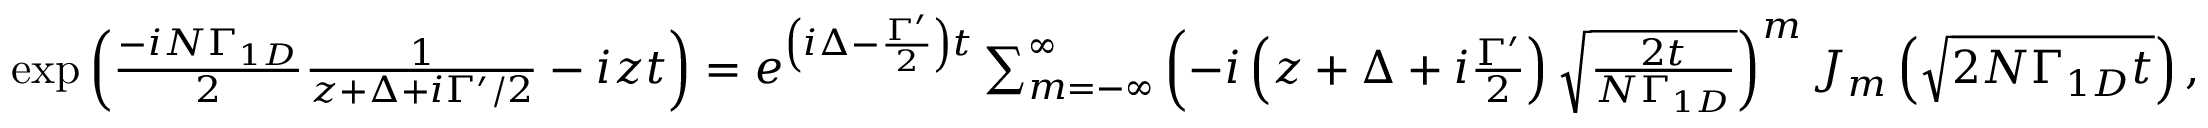
\begin{array} { r l } & { \mathrm { e x p } \left( \frac { - i N \Gamma _ { 1 D } } { 2 } \frac { 1 } { z + \Delta + i \Gamma ^ { \prime } / 2 } - i z t \right) = e ^ { \left( i \Delta - \frac { \Gamma ^ { \prime } } { 2 } \right) t } \sum _ { m = - \infty } ^ { \infty } \left( - i \left( z + \Delta + i \frac { \Gamma ^ { \prime } } { 2 } \right) \sqrt { \frac { 2 t } { N \Gamma _ { 1 D } } } \right) ^ { m } J _ { m } \left( \sqrt { 2 N \Gamma _ { 1 D } t } \right) , } \end{array}